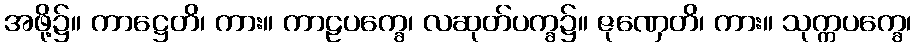
အဖို့၌။ ကာဋ္ဌေတိ၊ ကား။ ကာဠပက္ခေ၊ လဆုတ်ပက္ခ၌။ ဇုဏှေတိ၊ ကား။ သုက္ကပက္ခေ၊